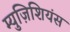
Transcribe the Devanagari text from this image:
म्युज़िशियंस